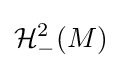
{\mathcal {H}}_{-}^{2}(M)